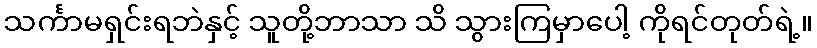
သင်္ကာမရှင်းရဘဲနှင့် သူတို့ဘာသာ သိ သွားကြမှာပေါ့ ကိုရင်တုတ်ရဲ့။